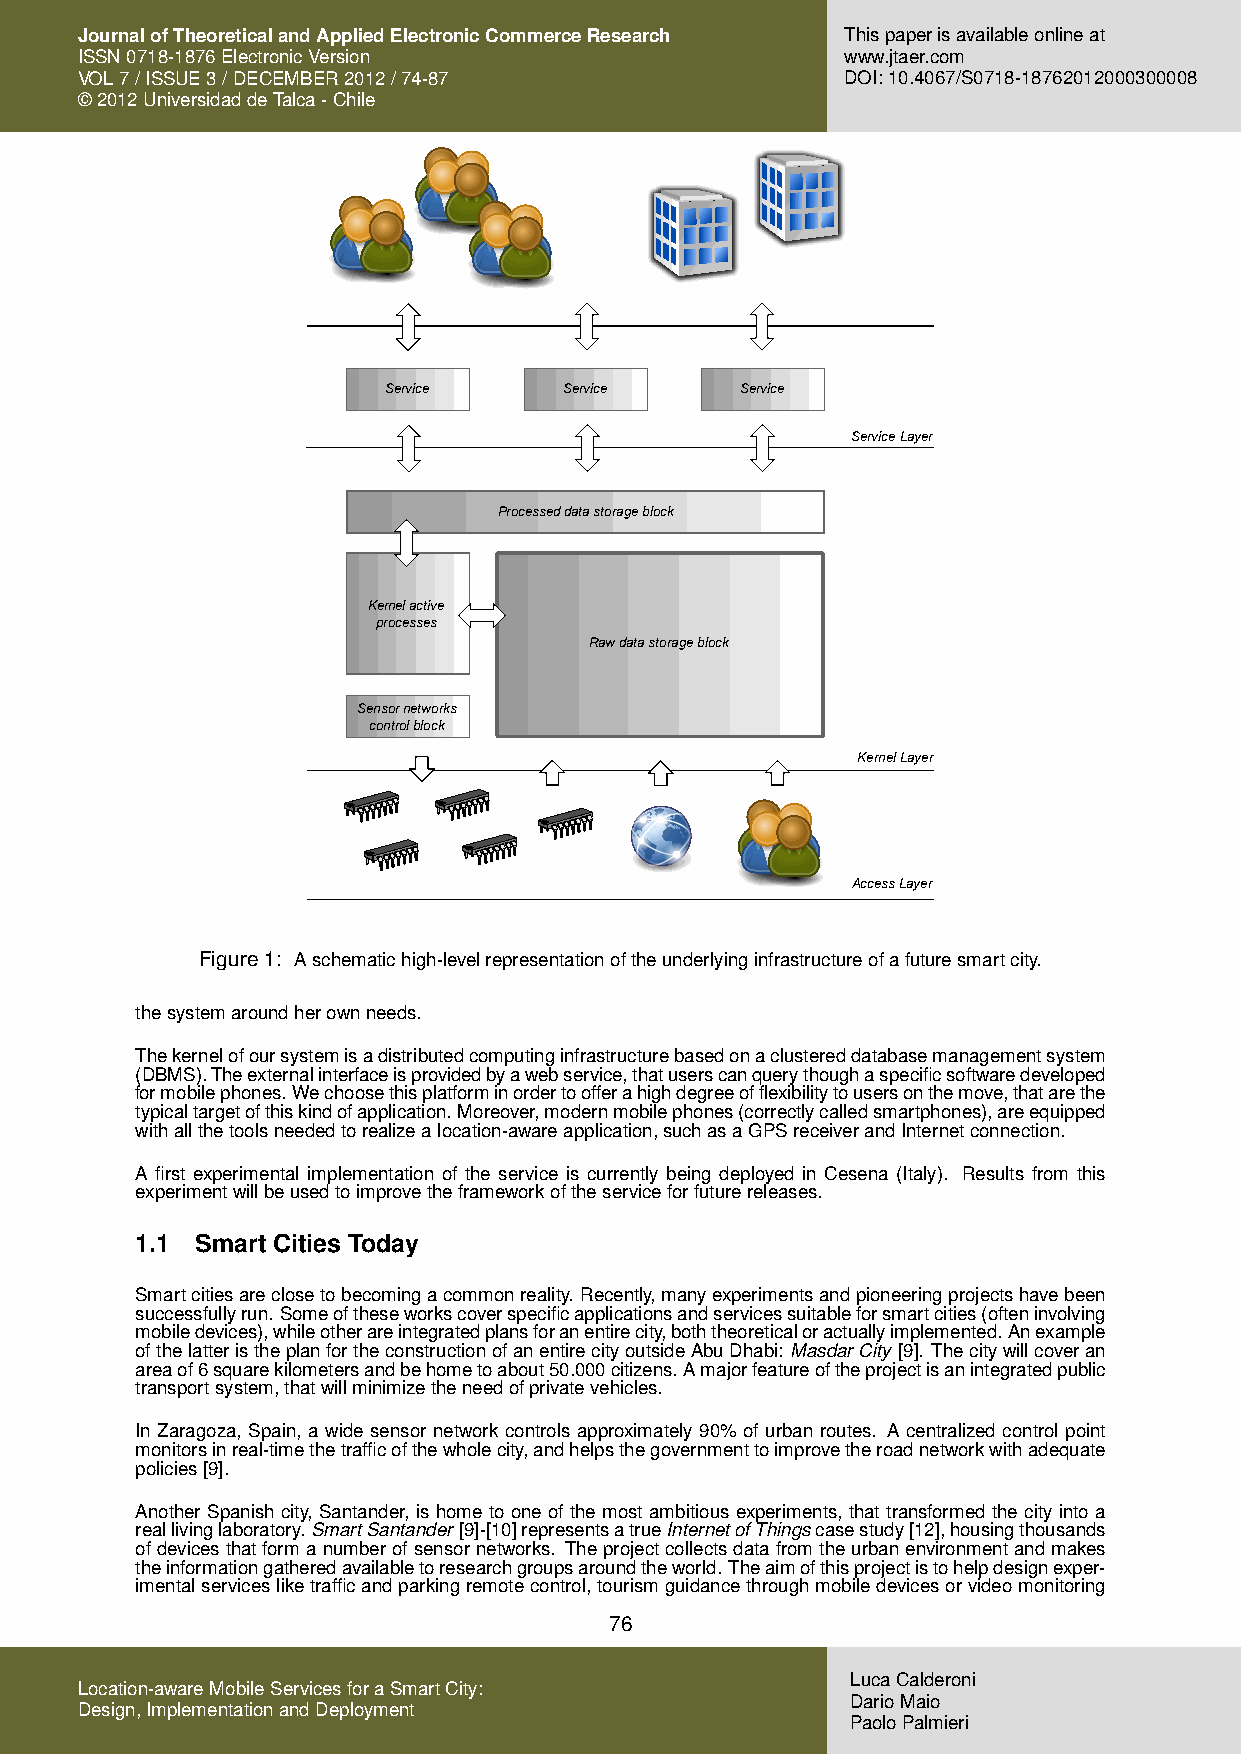
JournalofTheoreticalandAppliedElectronicCommerceResearch Thispaperisavailableonlineat
 ISSN0718-1876ElectronicVersion                     www.jtaer.com
 VOL7/ISSUE3/DECEMBER2012/74-87                     DOI:10.4067/S0718-18762012000300008
 ©2012UniversidaddeTalca-Chile
 Service     Service     Service
 Service Layer
 Processed data storage block
 Kernel active
 processes
 Raw data storage block
 Sensor networks
 control block
 Kernel Layer
 Access Layer
 Figure1: Aschematichigh-levelrepresentationoftheunderlyinginfrastructureofafuturesmartcity.
 thesystemaroundherownneeds.
 Thekernelofoursystemisadistributedcomputinginfrastructurebasedonaclustereddatabasemanagementsystem
 (DBMS).Theexternalinterfaceisprovidedbyawebservice,thatuserscanquerythoughaspecificsoftwaredeveloped
 formobilephones.Wechoosethisplatforminordertoofferahighdegreeofflexibilitytousersonthemove,thatarethe
 typicaltargetofthiskindofapplication.Moreover,modernmobilephones(correctlycalledsmartphones),areequipped
 withallthetoolsneededtorealizealocation-awareapplication,suchasaGPSreceiverandInternetconnection.
 A first experimental implementation of the service is currently being deployed in Cesena (Italy). Results from this
 experimentwillbeusedtoimprovetheframeworkoftheserviceforfuturereleases.
 1.1 Smart Cities Today
 Smartcitiesareclosetobecomingacommonreality. Recently,manyexperimentsandpioneeringprojectshavebeen
 successfullyrun. Someoftheseworkscoverspecificapplicationsandservicessuitableforsmartcities(ofteninvolving
 mobiledevices),whileotherareintegratedplansforanentirecity,boththeoreticaloractuallyimplemented.Anexample
 ofthelatteristheplanfortheconstructionofanentirecityoutsideAbuDhabi: MasdarCity [9]. Thecitywillcoveran
 areaof6squarekilometersandbehometoabout50.000citizens.Amajorfeatureoftheprojectisanintegratedpublic
 transportsystem,thatwillminimizetheneedofprivatevehicles.
 In Zaragoza, Spain, a wide sensor network controls approximately 90% of urban routes. A centralized control point
 monitorsinreal-timethetrafficofthewholecity,andhelpsthegovernmenttoimprovetheroadnetworkwithadequate
 policies[9].
 Another Spanish city, Santander, is home to one of the most ambitious experiments, that transformed the city into a
 reallivinglaboratory.SmartSantander [9]-[10]representsatrueInternetofThingscasestudy[12],housingthousands
 ofdevicesthatformanumberofsensornetworks. Theprojectcollectsdatafromtheurbanenvironmentandmakes
 theinformationgatheredavailabletoresearchgroupsaroundtheworld. Theaimofthisprojectistohelpdesignexper-
 imentalservicesliketrafficandparkingremotecontrol,tourismguidancethroughmobiledevicesorvideomonitoring
 76
 LucaCalderoni
 Location-awareMobileServicesforaSmartCity:
 DarioMaio
 Design,ImplementationandDeployment
 PaoloPalmieri